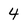
Character: 4